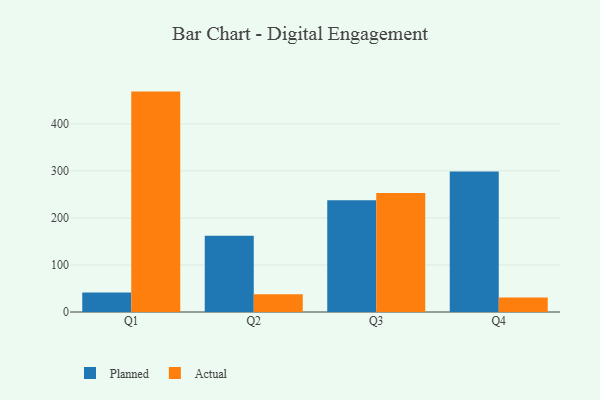
{"axis": {"x": "Quarter", "y": "Net Income (USD K)"}, "legend": ["Actual", "Planned"], "data": [{"x": "Q1", "y": 41.5, "type": "Planned"}, {"x": "Q1", "y": 468.5, "type": "Actual"}, {"x": "Q2", "y": 162.0, "type": "Planned"}, {"x": "Q2", "y": 37.9, "type": "Actual"}, {"x": "Q3", "y": 237.5, "type": "Planned"}, {"x": "Q3", "y": 252.7, "type": "Actual"}, {"x": "Q4", "y": 298.5, "type": "Planned"}, {"x": "Q4", "y": 30.6, "type": "Actual"}]}